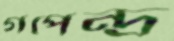
গপেন্দ্র